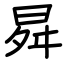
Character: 曻